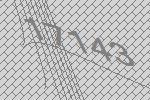
17143